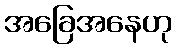
အခြေအနေဟု